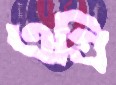
এগ্রি